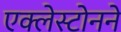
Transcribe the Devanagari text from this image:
एक्लेस्टोनने